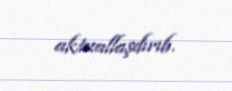
aktuallaşdırıb.